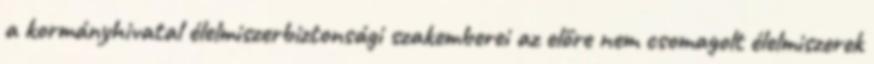
a kormányhivatal élelmiszerbiztonsági szakemberei az előre nem csomagolt élelmiszerek